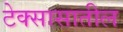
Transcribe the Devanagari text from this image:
टेक्सासातील